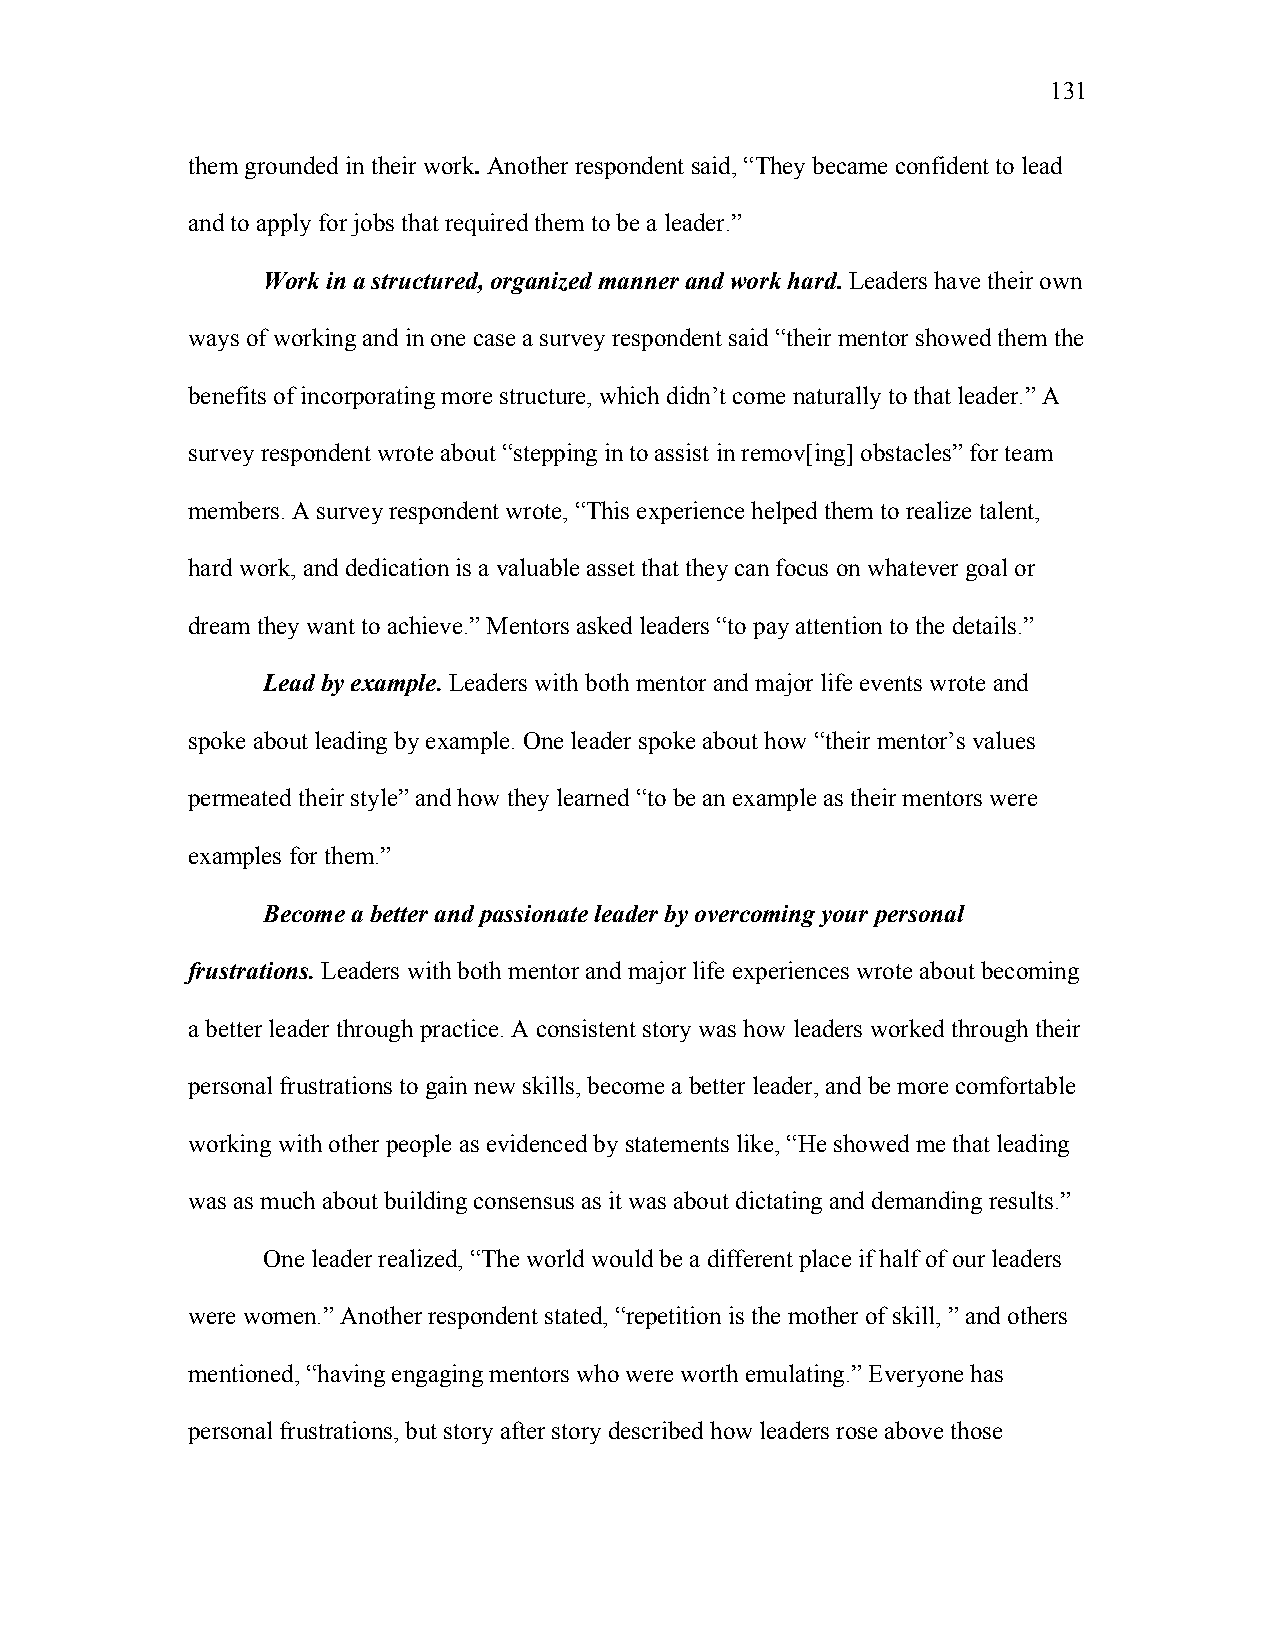
131
 them grounded in their work. Another respondent said, “They became confident to lead
 and to apply for jobs that required them to be a leader.”
 Work in a structured, organized manner and work hard. Leaders have their own
 ways of working and in one case a survey respondent said “their mentor showed them the
 benefits of incorporating more structure, which didn’t come naturally to that leader.” A
 survey respondent wrote about “stepping in to assist in remov[ing] obstacles” for team
 members. A survey respondent wrote, “This experience helped them to realize talent,
 hard work, and dedication is a valuable asset that they can focus on whatever goal or
 dream they want to achieve.” Mentors asked leaders “to pay attention to the details.”
 Lead by example. Leaders with both mentor and major life events wrote and
 spoke about leading by example. One leader spoke about how “their mentor’s values
 permeated their style” and how they learned “to be an example as their mentors were
 examples for them.”
 Become a better and passionate leader by overcoming your personal
 frustrations. Leaders with both mentor and major life experiences wrote about becoming
 a better leader through practice. A consistent story was how leaders worked through their
 personal frustrations to gain new skills, become a better leader, and be more comfortable
 working with other people as evidenced by statements like, “He showed me that leading
 was as much about building consensus as it was about dictating and demanding results.”
 One leader realized, “The world would be a different place if half of our leaders
 were women.” Another respondent stated, “repetition is the mother of skill, ” and others
 mentioned, “having engaging mentors who were worth emulating.” Everyone has
 personal frustrations, but story after story described how leaders rose above those